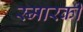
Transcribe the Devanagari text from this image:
स्मारकी